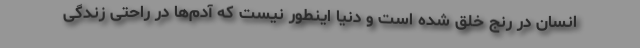
انسان در رنج خلق شده است و دنیا اینطور نیست که آدم‌ها در راحتی زندگی